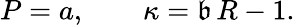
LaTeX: P=a,\qquad\kappa=\mathfrak{b}\, R-1.